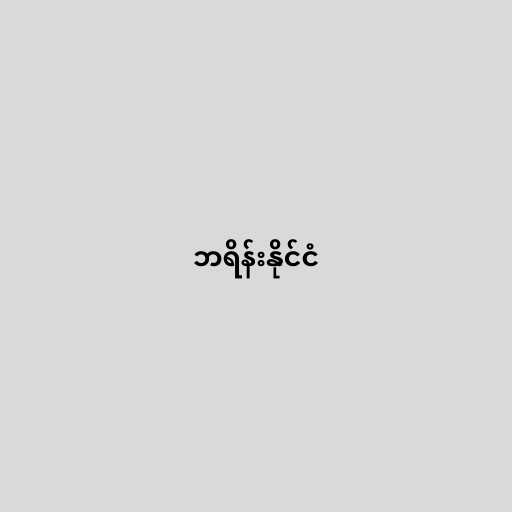
ဘရိန်းနိုင်ငံ